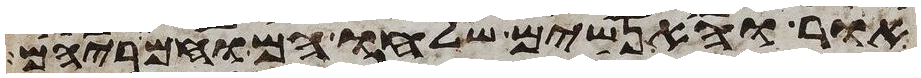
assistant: אור והאנשים שלחו הם וחמריהם